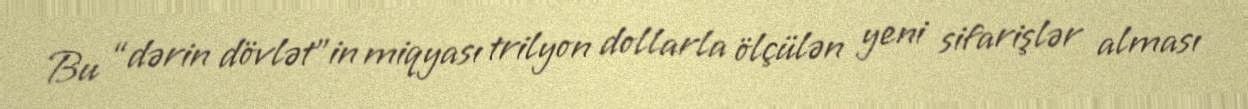
Bu “dərin dövlət”in miqyası trilyon dollarla ölçülən yeni sifarişlər alması